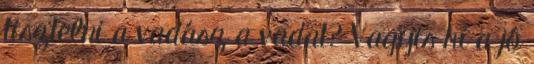
tisztelni a vadász a vadat? Vagyis ki a jó